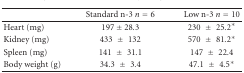
<table><thead><tr><td></td><td><b>Standard n-3 <i>n</i> = 6</b></td><td><b>Low n-3 <i>n</i> = 10</b></td></tr></thead><tbody><tr><td>Heart (mg)</td><td>197 ± 28.3</td><td>230 ± 25.2*</td></tr><tr><td>Kidney (mg)</td><td>433 ± 132</td><td>570 ± 81.2*</td></tr><tr><td>Spleen (mg)</td><td>141 ± 31.1</td><td>147 ± 22.4</td></tr><tr><td>Body weight (g)</td><td>34.3 ± 3.4</td><td>47.1 ± 4.5*</td></tr></tbody></table>